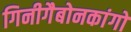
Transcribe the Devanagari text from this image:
गिनीगैबोनकांगो